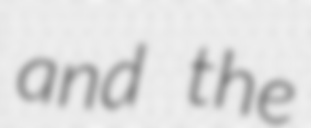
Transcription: and the